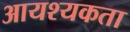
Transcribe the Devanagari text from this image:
आयश्यकता